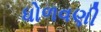
ધોળવણી